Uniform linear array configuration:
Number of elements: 16
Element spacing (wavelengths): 1
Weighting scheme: hamming
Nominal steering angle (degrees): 30
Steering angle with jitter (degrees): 29.639
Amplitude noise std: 0.05
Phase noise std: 0.05

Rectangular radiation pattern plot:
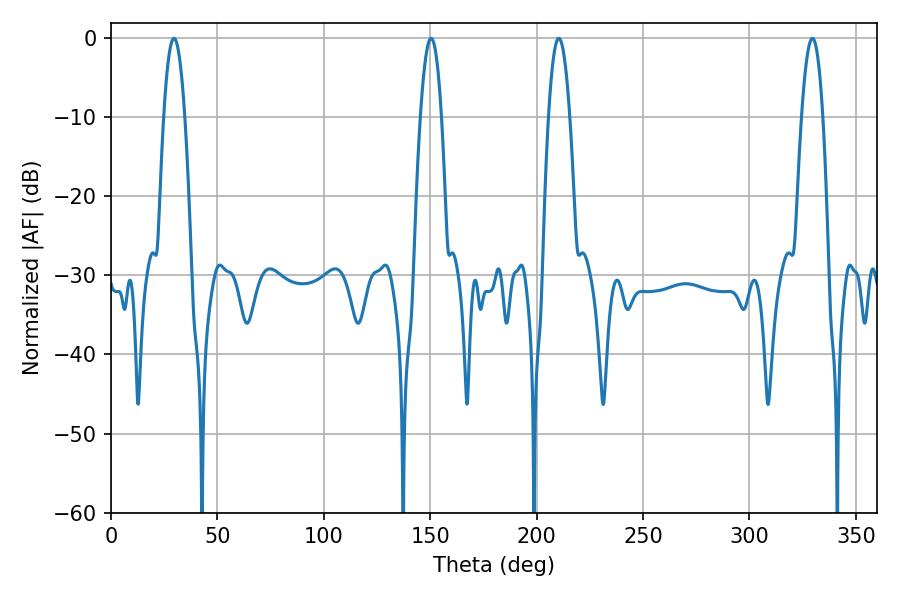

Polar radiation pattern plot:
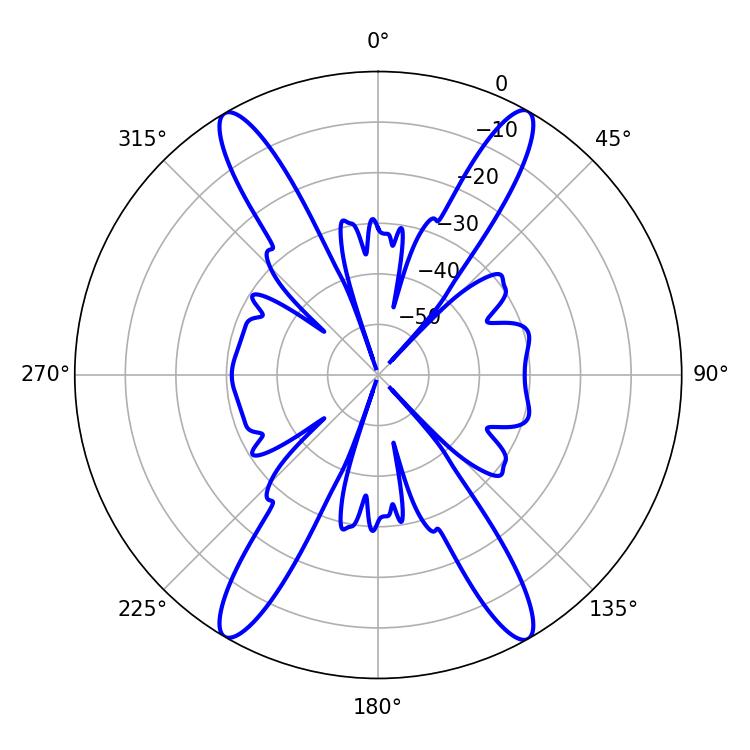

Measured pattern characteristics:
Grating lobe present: TRUE
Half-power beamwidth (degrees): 5.4
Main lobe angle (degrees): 210.42